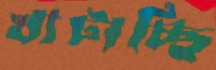
খাটাচ্ছি